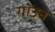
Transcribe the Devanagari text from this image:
गॉउन